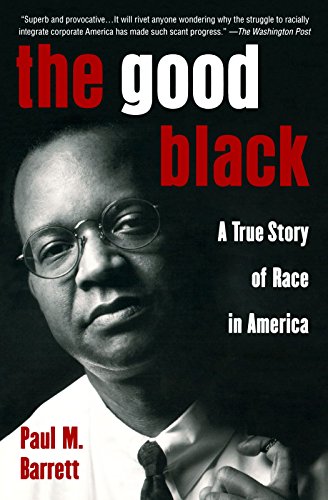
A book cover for The Good Black: A True Story of Race in America; Paul Barrett; Law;